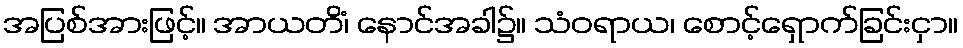
အပြစ်အားဖြင့်။ အာယတိံ၊ နောင်အခါ၌။ သံဝရာယ၊ စောင့်ရှောက်ခြင်းငှာ။